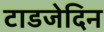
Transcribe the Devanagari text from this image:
टाडजेदिन